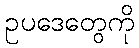
ဥပဒေတွေကို